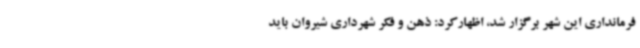
فرمانداری این شهر برگزار شد، اظهارکرد: ذهن و فکر شهرداری شیروان باید